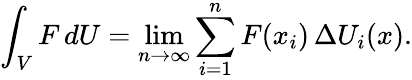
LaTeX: \int_{V}F\, dU=\operatorname*{lim}_{n\rightarrow\infty}\sum_{i=1}^{n}F(x_{i})\, \Delta U_{i}(x).